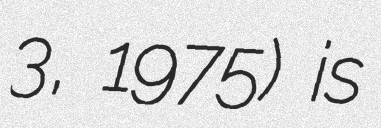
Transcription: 3, 1975) is